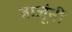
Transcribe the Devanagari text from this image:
बाजूंनीं